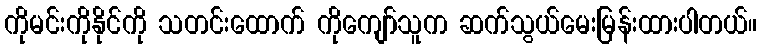
ကိုမင်းကိုနိုင်ကို သတင်းထောက် ကိုကျော်သူက ဆက်သွယ်မေးမြန်းထားပါတယ်။